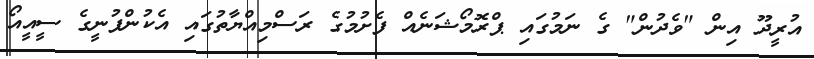
އުރީދޫ އިން "ވެދުން" ގެ ނަމުގައި ޕްރޮމޯޝަނެއް ފެށުމުގެ ރަސްމިއްޔާތުގައި އެކުންފުނީގެ ސީއީއޯ